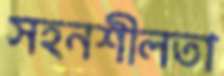
সহনশীলতা